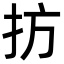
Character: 㧍